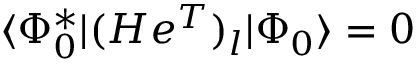
\begin{array} { r } { \langle \Phi _ { 0 } ^ { * } | ( H e ^ { T } ) _ { l } | \Phi _ { 0 } \rangle = 0 } \end{array}